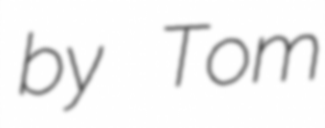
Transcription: by Tom